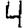
Digit: 4